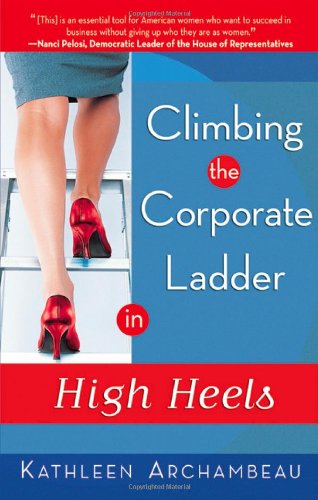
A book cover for Climbing the Corporate Ladder in High Heels; Kathleen Archambeau; Business & Money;